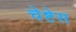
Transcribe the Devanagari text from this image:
चेष्टेस